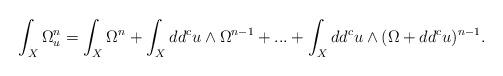
LaTeX: \begin{align*}\int_X \Omega_u^n=\int_X \Omega^n+ \int_X dd^c u \wedge \Omega^{n-1}+...+\int_X dd^c u \wedge (\Omega + dd^c u)^{n-1}.\end{align*}